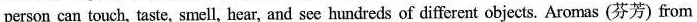
person can touch, taste, smell, hear, and sce hundreds of different objects. Aromas (芬芳)from